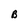
Character: B